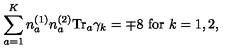
\sum _ { a = 1 } ^ { K } n _ { a } ^ { ( 1 ) } n _ { a } ^ { ( 2 ) } \mathrm { T r } _ { a } \gamma _ { k } = \mp 8 \ \mathrm { f o r } \ k = 1 , 2 ,